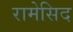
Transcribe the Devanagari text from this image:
रामेसिद